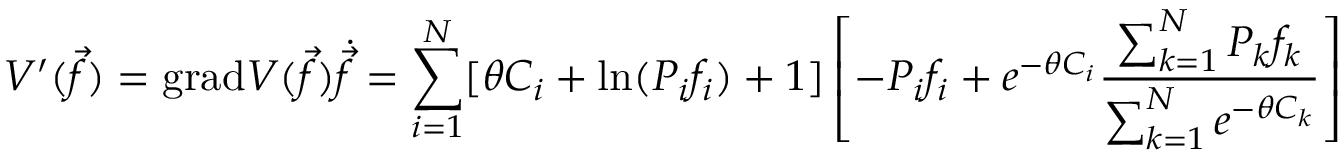
V ^ { \prime } ( \vec { f } ) = \mathrm { g r a d } V ( \vec { f } ) \dot { \vec { f } } = \sum _ { i = 1 } ^ { N } [ \theta C _ { i } + \mathrm { l n } ( P _ { i } f _ { i } ) + 1 ] \left[ - P _ { i } f _ { i } + e ^ { - \theta C _ { i } } \frac { \sum _ { k = 1 } ^ { N } P _ { k } f _ { k } } { \sum _ { k = 1 } ^ { N } e ^ { - \theta C _ { k } } } \right]